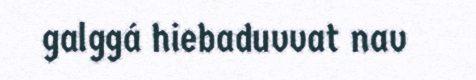
galggá hiebaduvvat nav